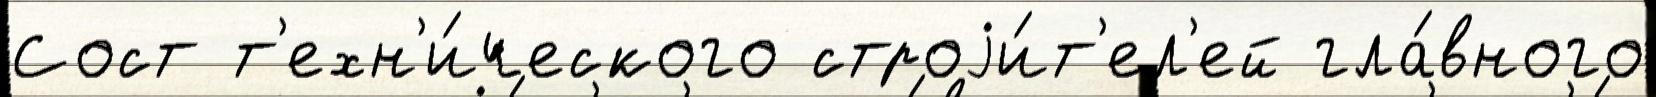
Сост т'ехн'и́ческого строjи́т'ел'ей гла́вного